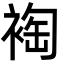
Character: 裪